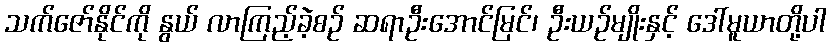
သက်ဇော်နိုင်ကို နွယ် လာကြည့်ခဲ့စဉ် ဆရာဦးအောင်မြင်၊ ဦးယဉ်မျိုးနှင့် ဒေါ်မူယာတို့ပါ